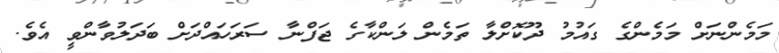
މަމެންނަށް މަމެންގެ ގައުމު ދޫކޮށްލާ ތަމެން ލަންކާގެ ޖަފްނާ ސަރަހައްދަށް ބަދަލުވާންވީ އެވެ.